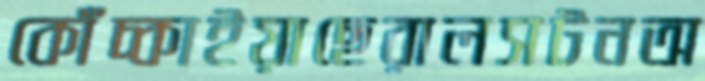
কোঁচ্‌কাইয়াছেরালসটনঅ